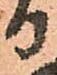
り